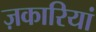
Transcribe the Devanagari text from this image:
ज़कारियां